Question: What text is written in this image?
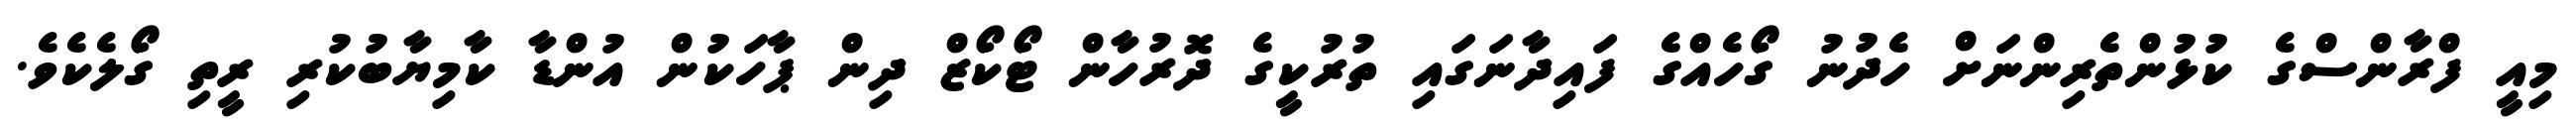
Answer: މިއީ ފްރާންސްގެ ކުޅުންތެރިންނަށް ހެދުނު ގޯހެއްގެ ފައިދާނަގައި ތުރުކީގެ ދޮރުހާން ޓޯކޯޒް ދިން ޕާހަކުން އުންޑާ ކާމިޔާބުކުރި ރީތި ގޯލެކެވެ.